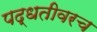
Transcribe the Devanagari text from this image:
पद्धतीवरच